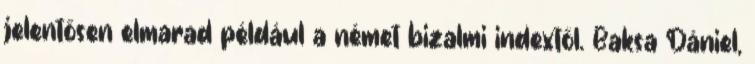
jelentősen elmarad például a német bizalmi indextől. Baksa Dániel,